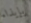
بإيذاء